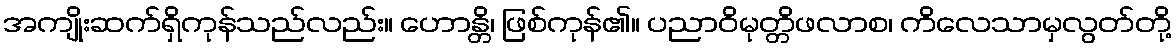
အကျိုးဆက်ရှိကုန်သည်လည်း။ ဟောန္တိ၊ ဖြစ်ကုန်၏။ ပညာဝိမုတ္တိဖလာစ၊ ကိလေသာမှလွတ်တို့